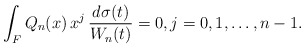
\begin{align*}\int_F Q_n(x)\, x^j \,\frac {d\sigma(t)}{W_n(t)} = 0 , j = 0,1, \dots, n-1.\end{align*}